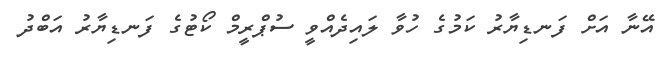
އޭނާ އަށް ފަނޑިޔާރު ކަމުގެ ހުވާ ލައިދެއްވީ ސުޕްރީމް ކޯޓުގެ ފަނޑިޔާރު އަބްދު